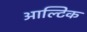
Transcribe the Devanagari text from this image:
आल्टिक